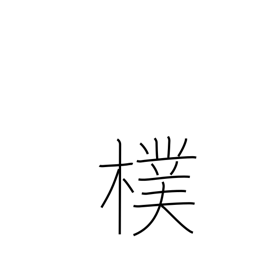
Meaning: bark of a tree